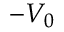
- V _ { 0 }